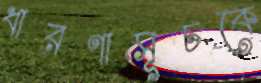
ধারণাসূচকে